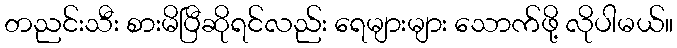
တညင်းသီး စားမိပြီဆိုရင်လည်း ရေများများ သောက်ဖို့ လိုပါမယ်။